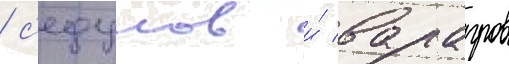
/ с'едунов и́ варагров